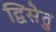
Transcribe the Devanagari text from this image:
द्विसेतु